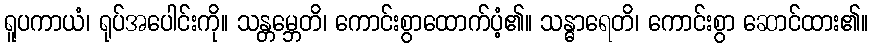
ရူပကာယံ၊ ရုပ်အပေါင်းကို။ သန္တမ္ဘေတိ၊ ကောင်းစွာထောက်ပံ့၏။ သန္ဓာရေတိ၊ ကောင်းစွာ ဆောင်ထား၏။